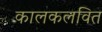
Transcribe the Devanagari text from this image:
कालकलवित